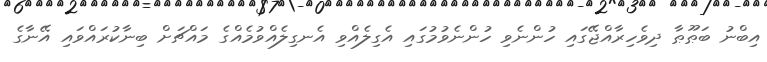
އިބްނު ބަޠޫޠާ ދިވެހިރާއްޖޭގައި ހުންނެވި ހުންނެވުމުގައި އެގިލެއްވި އެނގިލެއްވުމެއްގެ މައްޗަށް ބިނާކުރައްވައި އޭނާގެ